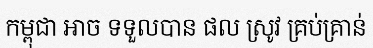
កម្ពុជា អាច ទទួលបាន ផល ស្រូវ គ្រប់គ្រាន់